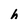
Character: h